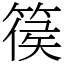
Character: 篌